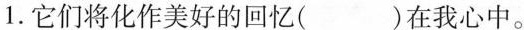
1.它们将化作美好的回忆( )在我心中。